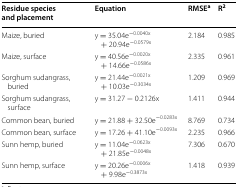
<table><thead><tr><td><b>Residue species and placement</b></td><td><b>Equation</b></td><td><b>RMSE<sup>a</sup></b></td><td><b>R<sup>2</sup></b></td></tr></thead><tbody><tr><td>Maize, buried</td><td>y = 35.04e<sup>−0.0040x</sup> + 20.94e<sup>−0.0579x</sup></td><td>2.184</td><td>0.985</td></tr><tr><td>Maize, surface</td><td>y = 40.56e<sup>−0.0020x</sup> + 14.66e<sup>−0.0586x</sup></td><td>2.335</td><td>0.961</td></tr><tr><td>Sorghum sudangrass, buried</td><td>y = 21.44e<sup>−0.0021x</sup> + 10.03e<sup>−0.3034x</sup></td><td>1.209</td><td>0.969</td></tr><tr><td>Sorghum sudangrass, surface</td><td>y = 31.27 − 0.2126x</td><td>1.411</td><td>0.944</td></tr><tr><td>Common bean, buried</td><td>y = 21.88 + 32.50e<sup>−0.0283x</sup></td><td>8.769</td><td>0.734</td></tr><tr><td>Common bean, surface</td><td>y = 17.26 + 41.10e<sup>−0.0093x</sup></td><td>2.235</td><td>0.966</td></tr><tr><td>Sunn hemp, buried</td><td>y = 11.04e<sup>−0.0623x</sup> + 21.85e<sup>−0.0048x</sup></td><td>7.306</td><td>0.670</td></tr><tr><td>Sunn hemp, surface</td><td>y = 20.26e<sup>−0.0006x</sup> + 9.98e<sup>−0.3873x</sup></td><td>1.418</td><td>0.939</td></tr></tbody></table>